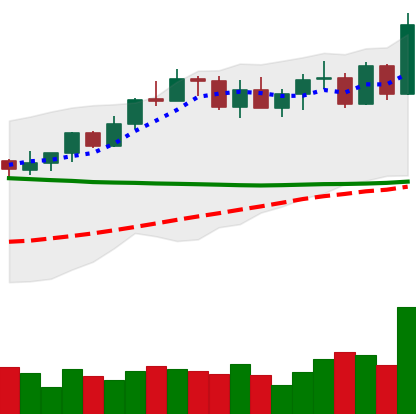
Ticker: XMR-USD
Chart end date: 2022-04-09
Forward return: -4.408%
Label: down_3_5